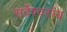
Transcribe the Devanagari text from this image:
सर्वेश्वरांय